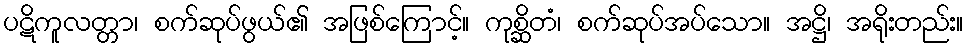
ပဋိကူလတ္တာ၊ စက်ဆုပ်ဖွယ်၏ အဖြစ်ကြောင့်။ ကုစ္ဆိတံ၊ စက်ဆုပ်အပ်သော။ အဋ္ဌိ၊ အရိုးတည်း။